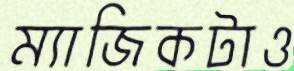
ম্যাজিকটাও